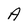
Character: A